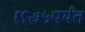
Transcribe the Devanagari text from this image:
१९७५पर्यंत